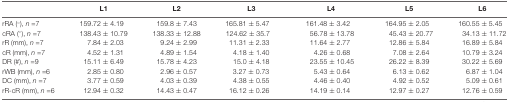
|  | L1 | L2 | L3 | L4 | L5 | L6 |
 | --- | --- | --- | --- | --- | --- | --- |
 | rRA (°), n =7 | 159.72 ± 4.19 | 159.8 ± 7.43 | 165.81 ± 5.47 | 161.48 ± 3.42 | 164.95 ± 2.05 | 160.55 ± 5.45 |
 | cRA (°), n =7 | 138.43 ± 10.79 | 138.33 ± 12.88 | 124.62 ± 35.7 | 56.78 ± 13.78 | 45.43 ± 20.77 | 34.13 ± 11.72 |
 | rR (mm), n =7 | 7.84 ± 2.03 | 9.24 ± 2.99 | 11.31 ± 2.33 | 11.64 ± 2.77 | 12.86 ± 5.84 | 16.89 ± 5.84 |
 | cR (mm), n =7 | 4.52 ± 1.31 | 4.89 ± 1.54 | 4.18 ± 1.40 | 4.26 ± 0.68 | 7.08 ± 2.64 | 10.79 ± 3.24 |
 | DR (#), n =9 | 15.11 ± 6.49 | 15.78 ± 4.23 | 15.0 ± 4.18 | 23.55 ± 10.45 | 26.22 ± 8.39 | 30.22 ± 5.69 |
 | rWB (mm), n =6 | 2.85 ± 0.80 | 2.96 ± 0.57 | 3.27 ± 0.73 | 5.43 ± 0.64 | 6.13 ± 0.62 | 6.87 ± 1.04 |
 | DC (mm), n =7 | 3.77 ± 0.59 | 4.03 ± 0.39 | 4.38 ± 0.55 | 4.46 ± 0.40 | 4.92 ± 0.52 | 5.09 ± 0.61 |
 | rR-cR (mm), n =6 | 12.94 ± 0.32 | 14.43 ± 0.47 | 16.12 ± 0.26 | 14.19 ± 0.14 | 12.97 ± 0.27 | 12.76 ± 0.59 |